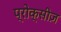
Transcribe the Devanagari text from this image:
प्रोक्सीज़